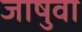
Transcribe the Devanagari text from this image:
जाषुवा